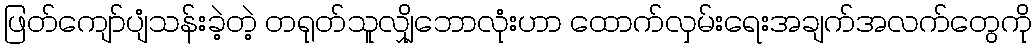
ဖြတ်ကျော်ပျံသန်းခဲ့တဲ့ တရုတ်သူလျှိုဘောလုံးဟာ ထောက်လှမ်းရေးအချက်အလက်တွေကို